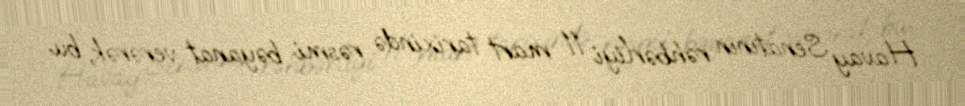
Havay Senatının rəhbərliyi 11 mart tarixində rəsmi bəyanat verərək, bu